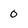
Character: 0